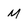
Character: M